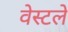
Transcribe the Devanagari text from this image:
वेस्टले